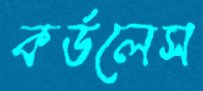
কর্ডলেস